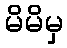
မိမိမှ